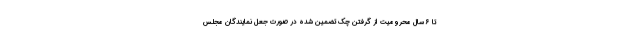
تا ۶ سال محرومیت از گرفتن چک تضمین شده در صورت جعل نمایندگان مجلس